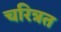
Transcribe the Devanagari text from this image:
चरित्रत